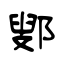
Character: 鄋